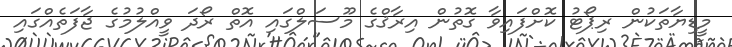
މީޑިޔާތަކުން ރިޕޯޓު ކޮށްފައިވާ ގޮތުން އިރާޤްގެ މޫސަލްގައި އޮތް ރޯދަ ވީއްލުމުގެ ޖާފަތެއްގައި